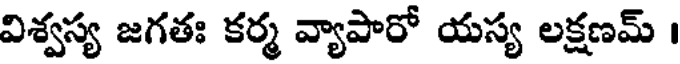
విశ్వస్య జగతః కర్మ వ్యాపారో యస్య లక్షణమ్ ।